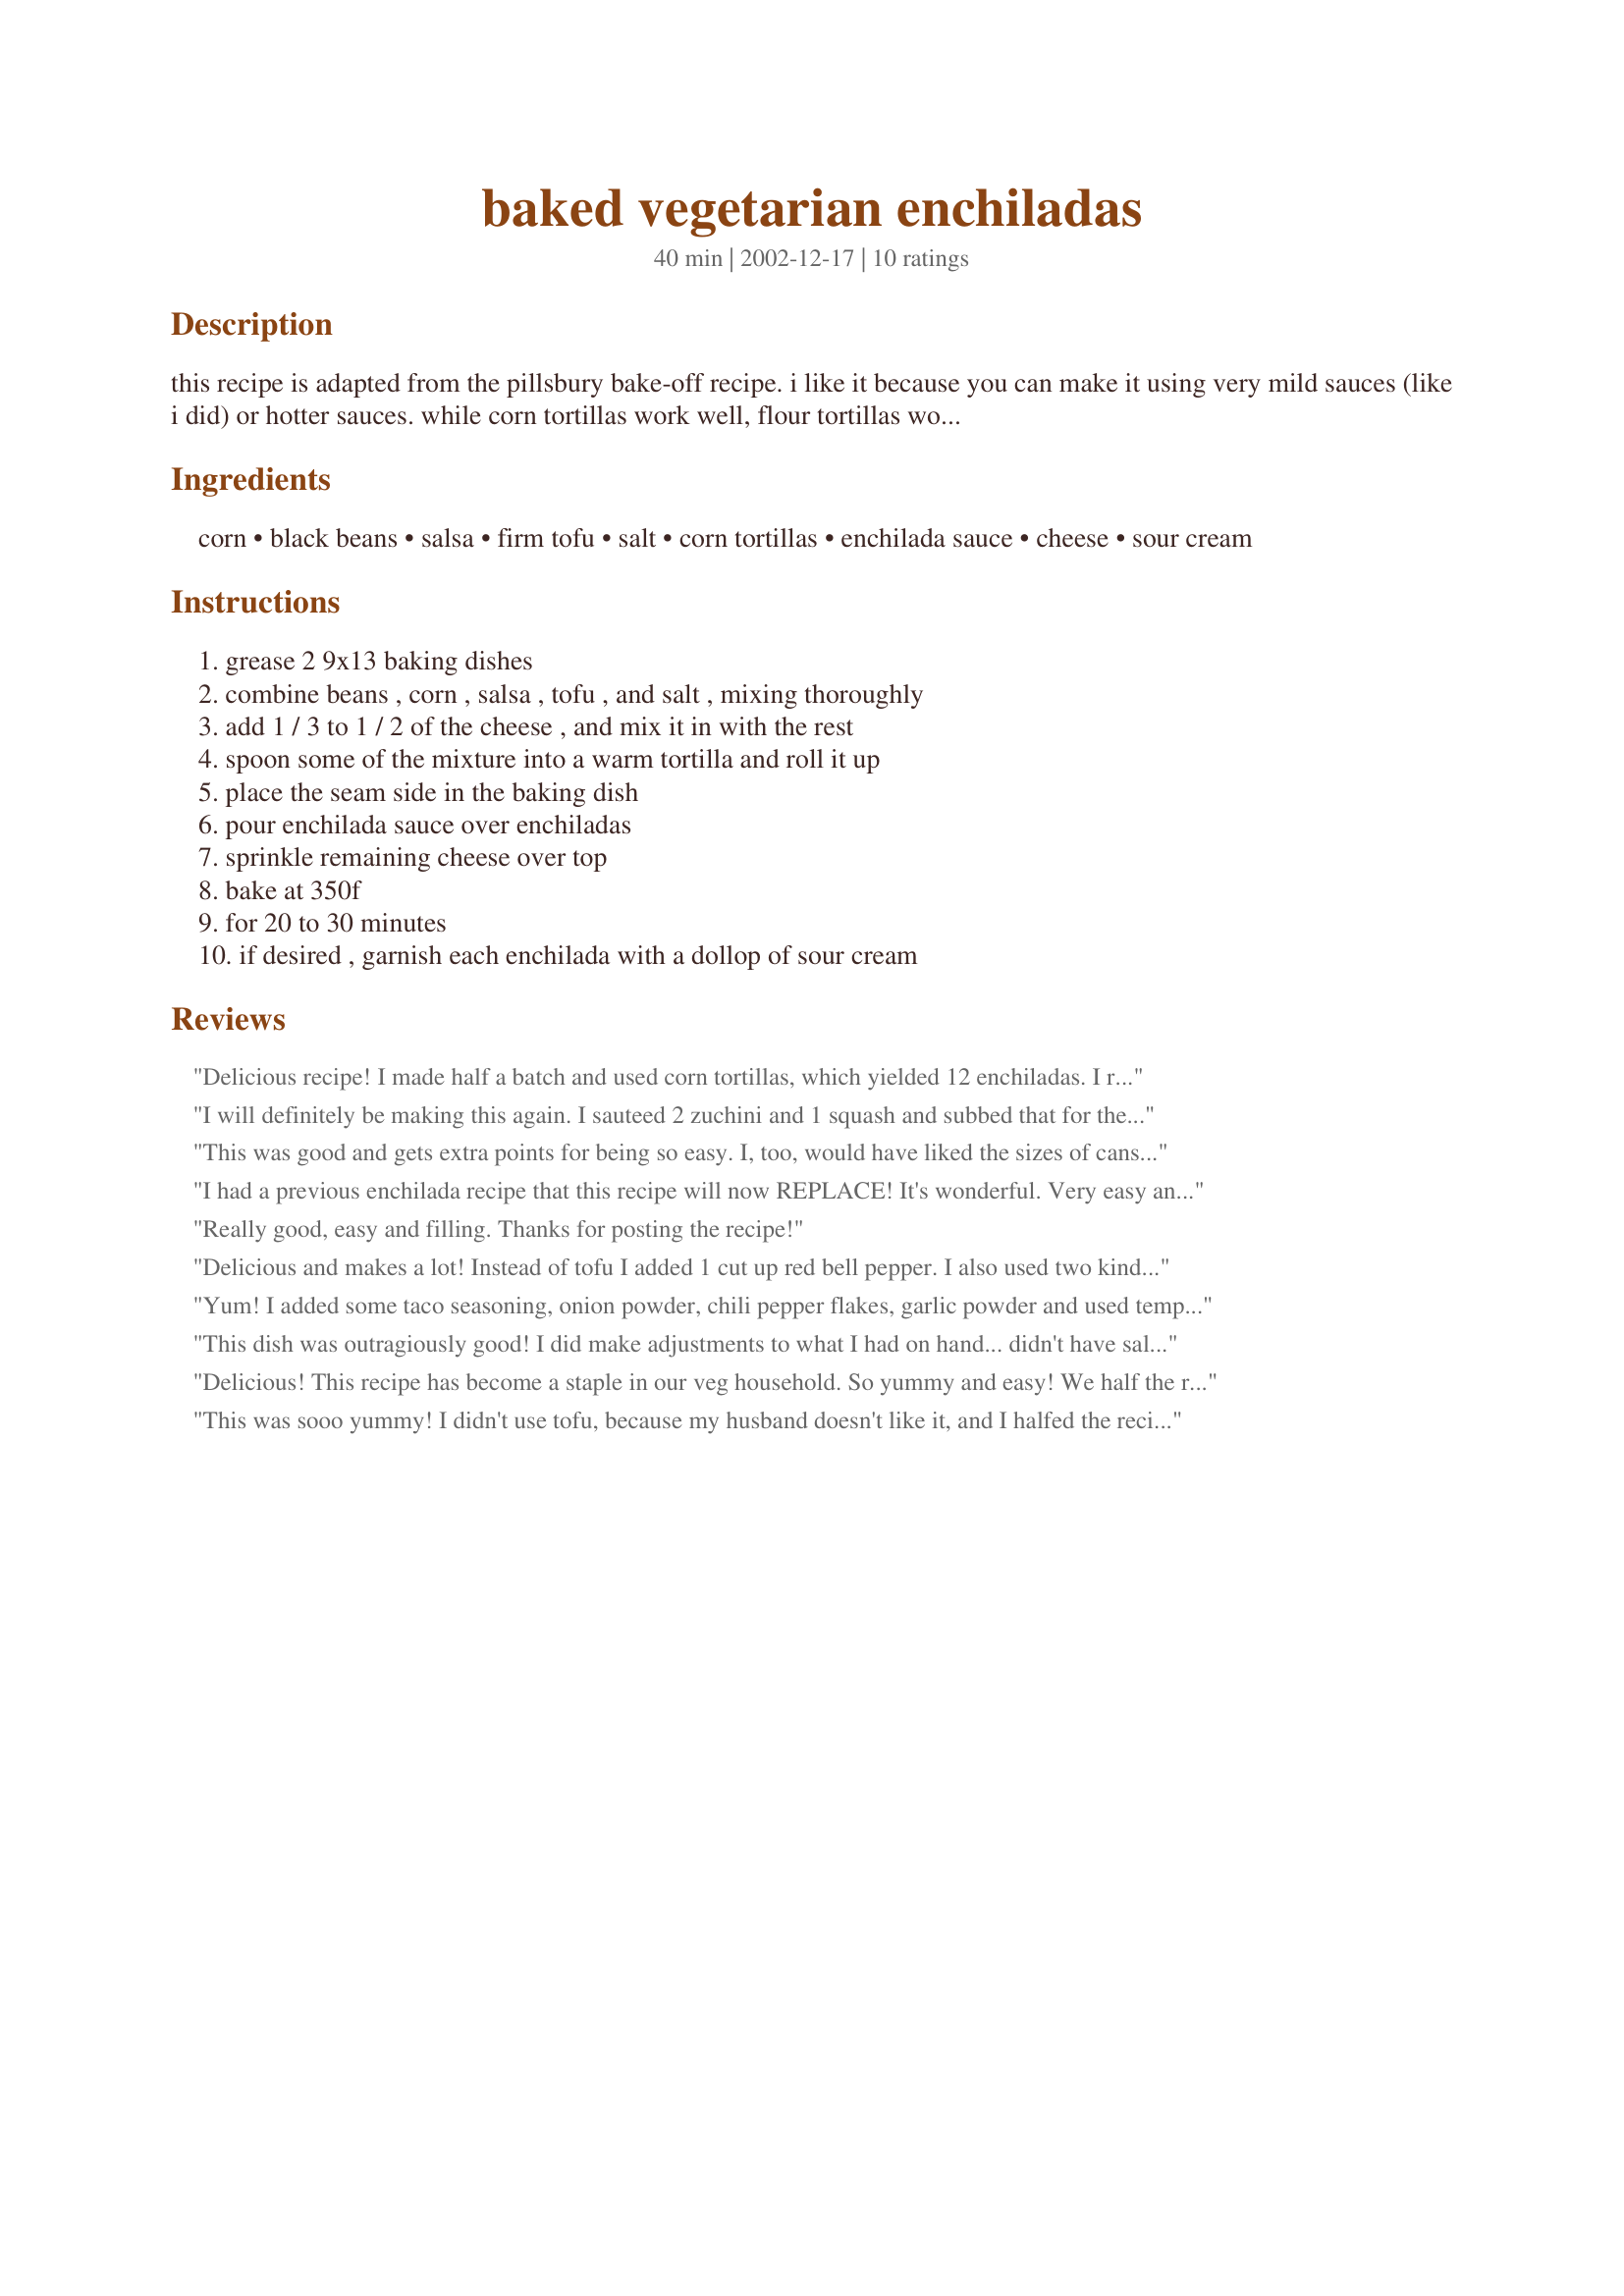
baked vegetarian enchiladas
Preparation time: 40 minutes

this recipe is adapted from the pillsbury bake-off recipe. i like it because you can make it using very mild sauces (like i did) or hotter sauces. while corn tortillas work well, flour tortillas would work just as well, or perhaps even better. serve it with some white rice on the side.

Ingredients:
corn, black beans, salsa, firm tofu, salt, corn tortillas, enchilada sauce, cheese, sour cream

Steps:
grease 2 9x13 baking dishes, combine beans , corn , salsa , tofu , and salt , mixing thoroughly, add 1 / 3 to 1 / 2 of the cheese , and mix it in with the rest, spoon some of the mixture into a warm tortilla and roll it up, place the seam side in the baking dish, pour enchilada sauce over enchiladas, sprinkle remaining cheese over top, bake at 350f, for 20 to 30 minutes, if desired , garnish each enchilada with a dollop of sour cream

Reviews:
Delicious recipe! I made half a batch and used corn tortillas, which yielded 12 enchiladas. I replaced the tofu with a very small zucchini, used 1 c. frozen corn, skimped a bit on the (soy) cheese, omitted the salt, and used 1 large can (28 oz I think) green enchilada sauce. They were absolutely fabulous! I looked up the original bake-off recipe for can sizes, and the original calls for 15 -oz can size for beans, 11-oz. size for corn (Mexi-corn), and 10-oz size for the enchilada sauce, which I can't think would be enough sauce -- or maybe I'm a sauce-a-holic! Ha-ha. I'm very glad to have found this recipe -- thank you for posting!
I will definitely be making this again. I sauteed 2 zuchini and 1 squash and subbed that for the tofu and I used homemade salsa (2 cups) and enchilada sauce (4 cups). I was using small corn tortillas and I got 28 of them. This is a great recipe. Thanks!
This was good and gets extra points for being so easy. I, too, would have liked the sizes of cans (corn, enchilada sauce) specified. This made way more than I expected. I used large flour tortillas, as I find the corn tortillas impossible to work with, and I got about 14 very large enchiladas. I don't understand the use of the tofu. It's not enough to contribute anything to the dish. Next time I will either leave it out entirely or else increase it to about 1 1/2 cups. But I will be making this again. Nice recipe.
I had a previous enchilada recipe that this recipe will now REPLACE! It's wonderful. Very easy and delicious. The corn is a nice touch. My husband loved these. We made a half batch just for the two of us (used 10 small soft tortillas) and the leftovers disappeared without hitting the freezer first (doesn't happen too often).
I replaced the tofu with about 1/2 cup of soy grounds (the dried kind you get at bulk food stores).
This was a huge hit at our house, we'll be making it often. Thank you for sharing!
Really good, easy and filling. Thanks for posting the recipe!
Delicious and makes a lot! Instead of tofu I added 1 cut up red bell pepper. I also used two kinds of enchilada sauce (mild red and medium green) which worked out very well for us. We served this with corn bread for a very filling vegetarian Mexican meal with enough left over for lunches during the week. The only problem I had with this recipe is that I wished can sizes were specified.
Yum! I added some taco seasoning, onion powder, chili pepper flakes, garlic powder and used tempeh instead of tofu. I halved the recipe and used mild green enchilada sauce (the big can) and cooked up some Mexican rice for the side. It was delicious! My non-vegetarian mom and dad loved it also!
This dish was outragiously good! I did make adjustments to what I had on hand... didn't have salsa or tofu, so I sauteed 1/2 a chopped onion and a whole chopped zuchinni and sprinkled them with garlic salt. I used flour tortillas instead of corn and probably only 1 cup of cheese to cut fat. I used Rosarita MILD enchilada sauce. My family cleaned their plates and went away totally satisfied. Thanks for the inspiration!
Delicious! This recipe has become a staple in our veg household. So yummy and easy! We half the recipe and use flour tortillas and mild enchilada sauce. The tofu is really good in it! Also, it's good even without rice. Yum!
This was sooo yummy! I didn't use tofu, because my husband doesn't like it, and I halfed the recipe because it was just for the two of us, but we still had leftovers for lunch for a couple of days. I LOVED it, and so did my husband, even though he is VERY picky, and a big meat eater. Very filling.
